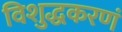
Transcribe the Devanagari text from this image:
विशुद्धकरणं